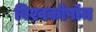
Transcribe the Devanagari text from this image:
विश्वकोषॉम